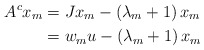
\begin{align*}A^{c}x_{m} & =Jx_{m}-\left( \lambda_{m}+1\right) x_{m}\\& =w_{m}u-\left( \lambda_{m}+1\right) x_{m}\end{align*}